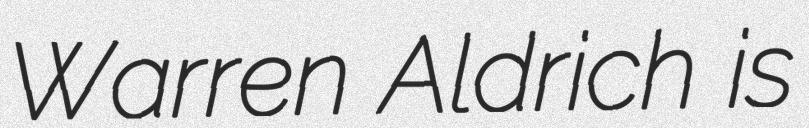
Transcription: Warren Aldrich is